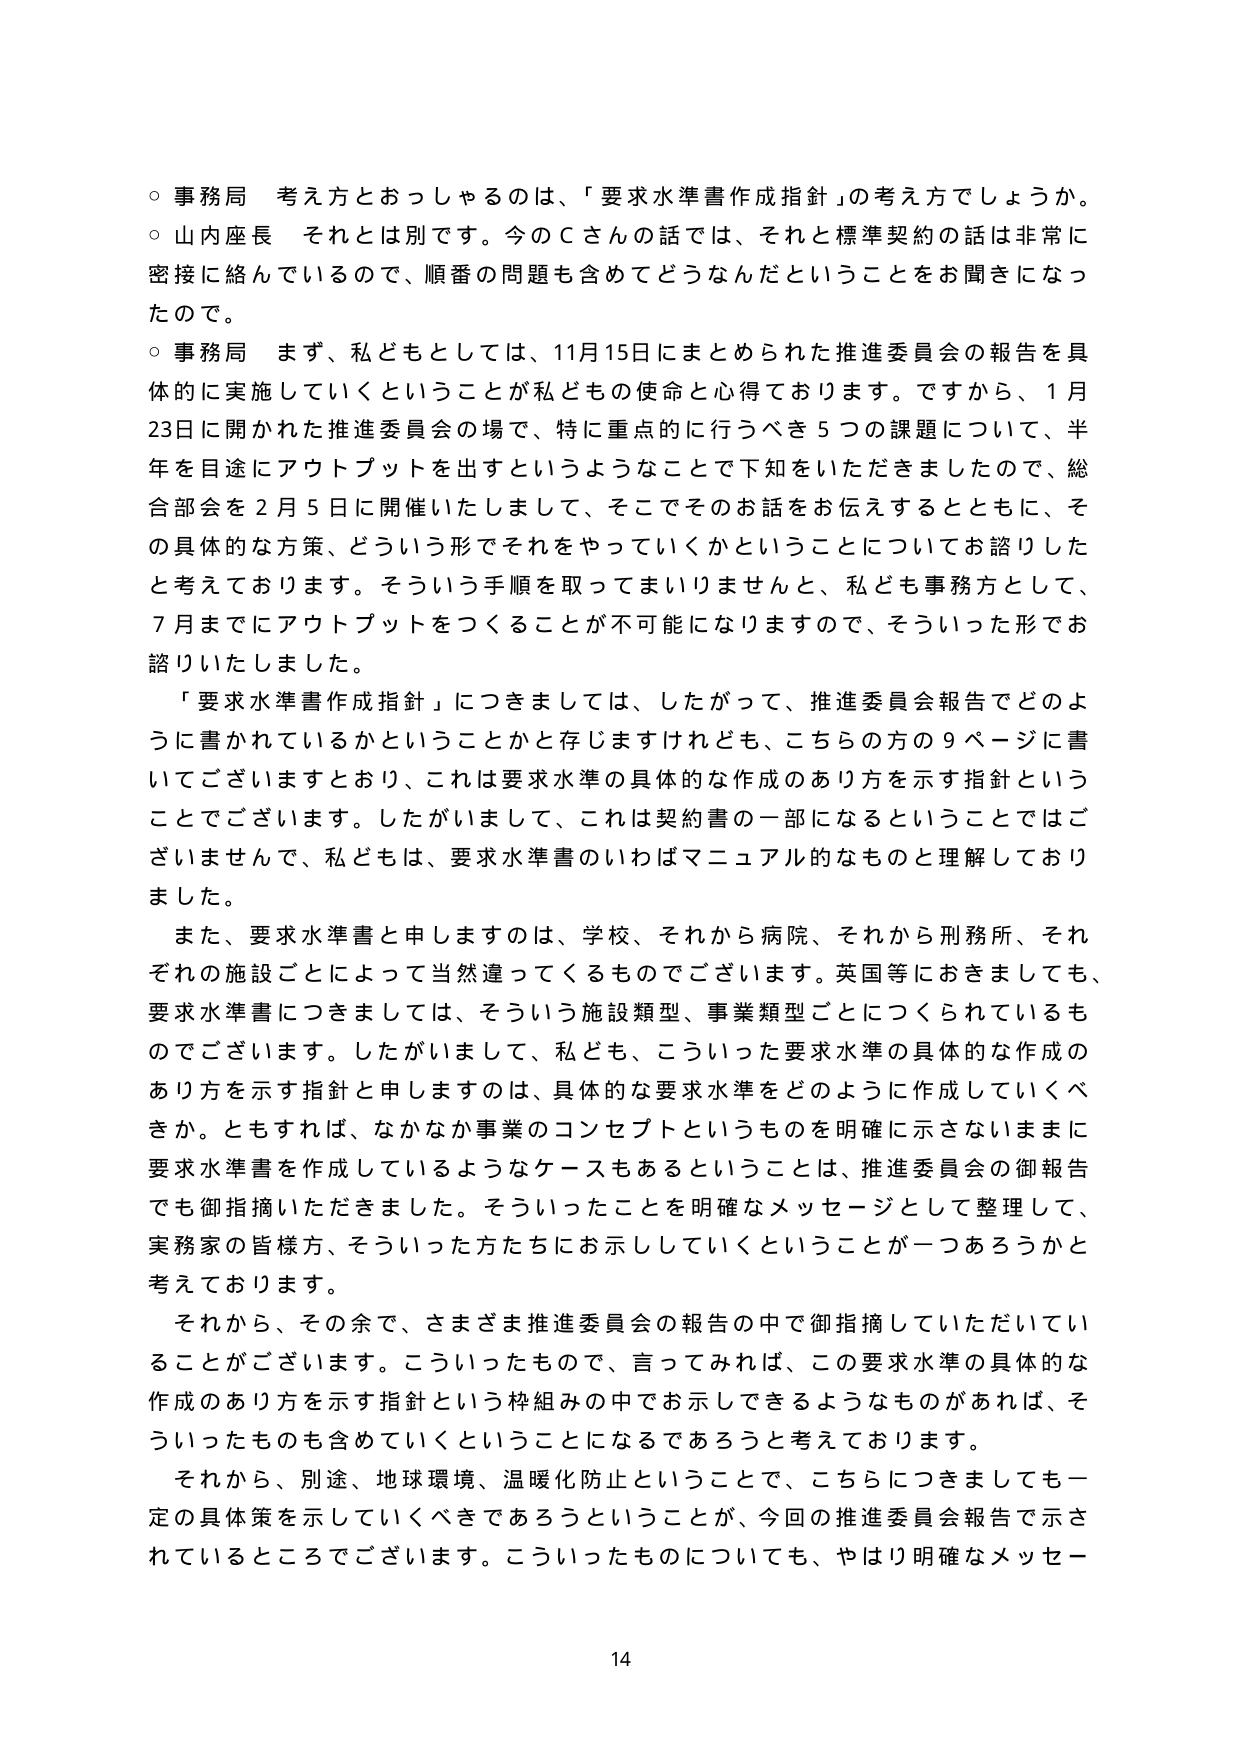
○ 事務局 考え方とおっしゃるのは、「要求水準書作成指針」の考え方でしょうか。
○ 山内座長 それとは別です。今のＣさんの話では、それと標準契約の話は非常に密接に絡んでいるので、順番の問題も含めてどうなんだということをお聞きになったので。
○ 事務局 まず、私どもとしては、11月15日にまとめられた推進委員会の報告を具体的に実施していくということが私どもの使命と心得ております。ですから、1月23日に開かれた推進委員会の場で、特に重点的に行うべき5つの課題について、半年を目途にアウトプットを出すというようなことで下知をいただきましたので、総合部会を2月5日に開催いたしまして、そこでそのお話をお伝えするとともに、その具体的な方策、どういう形でそれをやっていくかということについてお諮りしたと考えております。そういう手順を取ってまいりませんと、私ども事務方として、7月までにアウトプットをつくることが不可能になりますので、そういった形でお諮りいたしました。
「要求水準書作成指針」につきましては、したがって、推進委員会報告でどのように書かれているかということかと存じますけれども、こちらの方の9ページに書いてございますとおり、これは要求水準の具体的な作成のあり方を示す指針ということでございます。したがいまして、これは契約書の一部になるということではございませんで、私どもは、要求水準書のいわばマニュアル的なものと理解しておりました。
また、要求水準書と申しますのは、学校、それから病院、それから刑務所、それぞれの施設ごとによって当然違ってくるものでございます。英国等におきましても、要求水準書につきましては、そういう施設類型、事業類型ごとにつくられているものでございます。したがいまして、私ども、こういった要求水準の具体的な作成のあり方を示す指針と申しますのは、具体的な要求水準をどのように作成していくべきか。とむすれば、なかなか事業のコンセプトというものを明確に示さないままに要求水準書を作成しているようなケースもあるということは、推進委員会の御報告でも御指摘いただきました。そういったことを明確なメッセージとして整理して、実務家の皆様方、そういった方たちにお示ししていくということが一つあろうかと考えております。
それから、その余で、さまざま推進委員会の報告の中で御指摘していただいていることがございます。こういったもので、言ってみれば、この要求水準の具体的な作成のあり方を示す指針という枠組みの中でお示しできるようなものがあれば、そういったものも含めていくということになるであろうと考えております。
それから、別途、地球環境、温暖化防止ということで、こちらにつきましても一定の具体策を示していくべきであろうということが、今回の推進委員会報告で示されているところでございます。こういったものについても、やはり明確なメッセージ

14